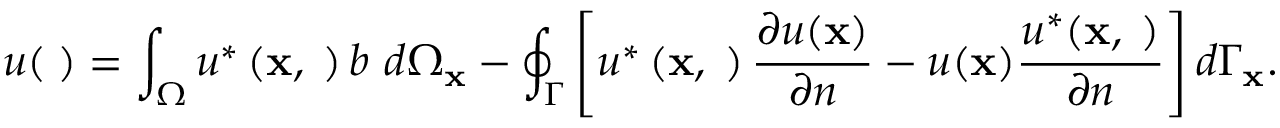
u ( { \mathbf \xi } ) = \int _ { \Omega } u ^ { * } \left( \mathbf { x } , { \mathbf \xi } \right) b \ d \Omega _ { \mathbf { x } } - \oint _ { \Gamma } \left[ u ^ { * } \left( \mathbf { x } , { \mathbf \xi } \right) \frac { \partial u ( \mathbf { x } ) } { \partial n } - u ( \mathbf { x } ) \frac { u ^ { * } ( \mathbf { x } , { \mathbf \xi } ) } { \partial n } \right] d \Gamma _ { \mathbf { x } } .